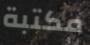
مكتبة